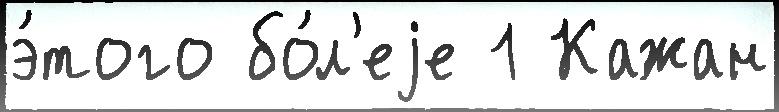
э́того бо́л'еjе 1 Кажан